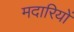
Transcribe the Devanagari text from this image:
मदारियों